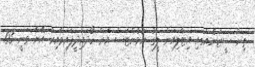
ތިން ސީޒަނެއްގައި އިޓާލިއަން ލީގު ޔުވެންޓަސް އަށް ހޯދައިދީފައިވާއިރު އޭނާ ވަނީ 103